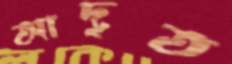
আদৃত